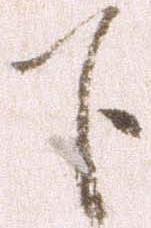
下